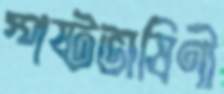
স্পষ্টভাষিণী